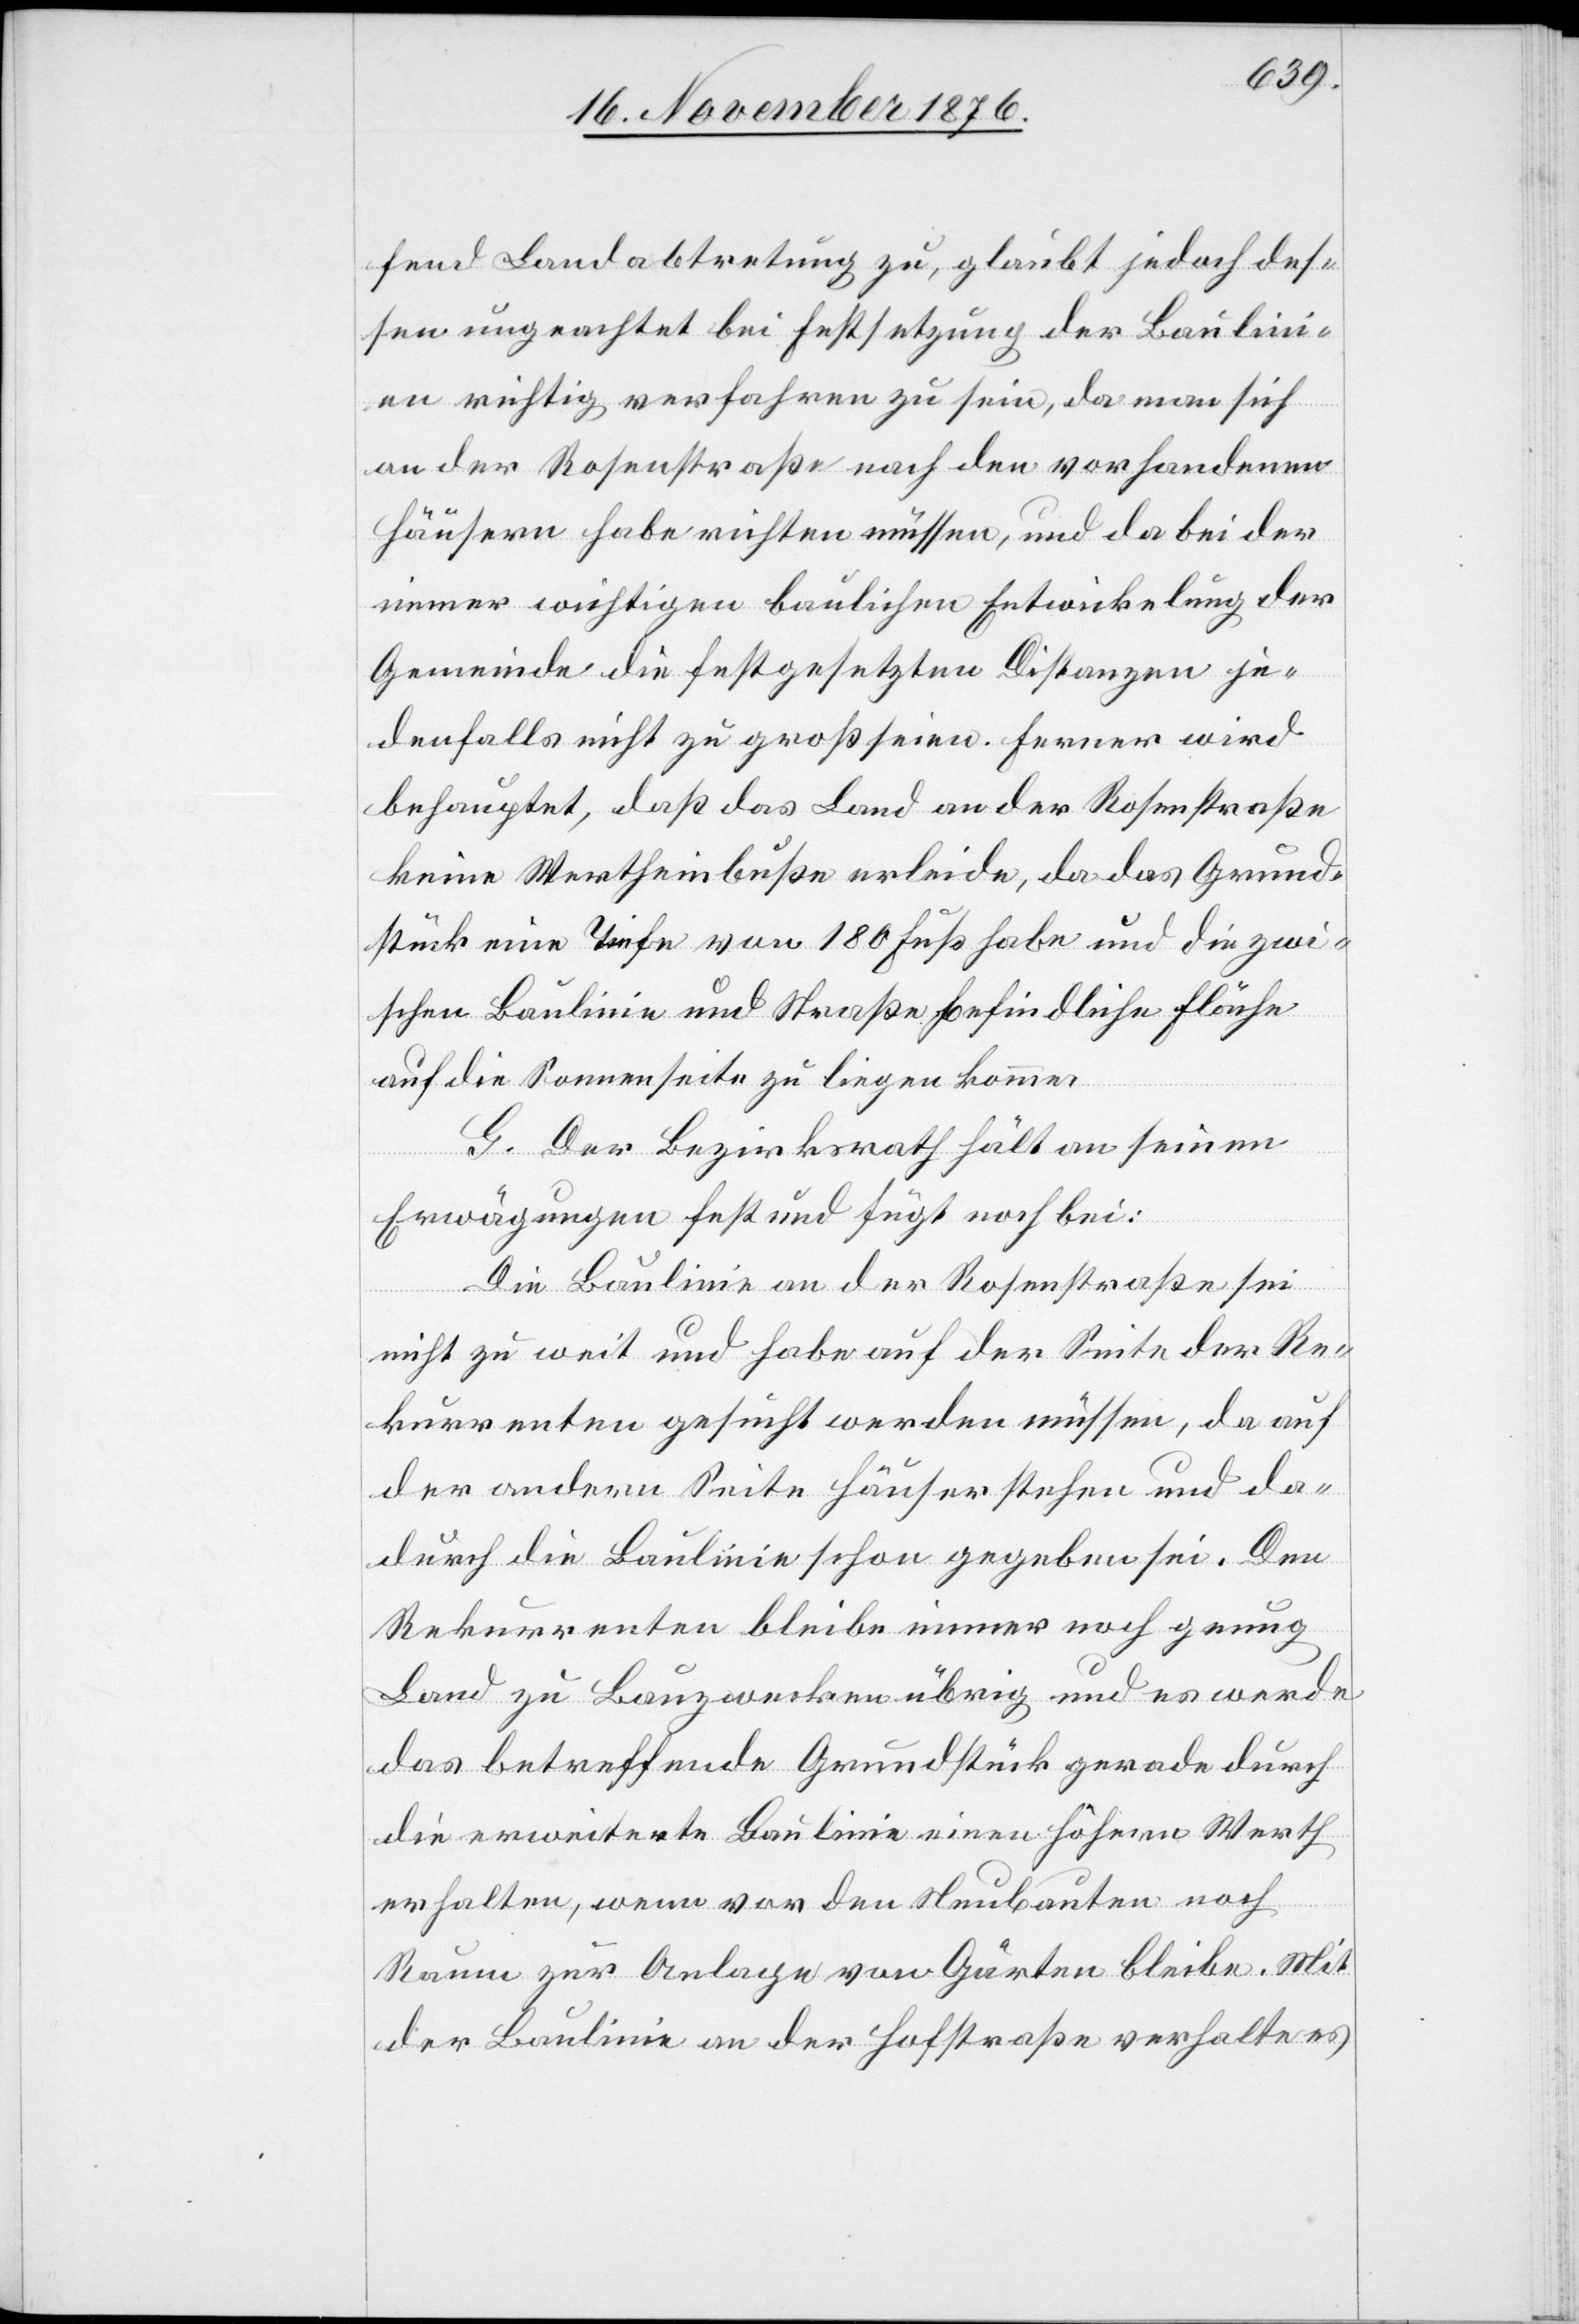
fend Landabtretung zu, glaubt jedoch des¬
sen ungeachtet bei Festsetzung der Baulini¬
en richtig verfahren zu sein, da man sich
an der Rosenstraße nach den vorhandenen
Häusern habe richten müssen, und da bei der
immer wichtigen baulichen Entwickelung der
Gemeinde die festgesetzten Distanzen je¬
denfalls nicht zu groß seien. Ferner wird
behauptet, daß das Land an der Rosenstraße
keine Wertheinbuße erleide, da das Grund¬
stück eine Tiefe von 180 Fuß habe und die zwi¬
schen Baulinie und Straße befindliche Fläche
auf die Sonnenseite zu liegen komme.
G. Der Bezirksrath hält an seinen
Erwägungen fest und fügt noch bei:
Die Baulinie an der Rosenstraße sei
nicht zu weit und habe auf der Seite der Re¬
kurrenten gesucht werden müssen, da auf
der andern Seite Häuser stehen und da¬
durch die Baulinie schon gegeben sei. Den
Rekurrenten bleibe immer noch genug
Land zu Bauzwecken übrig und es werde
das betreffende Grundstück gerade durch
die erweiterte Baulinie einen höhern Werth
erhalten, wenn vor den Neubauten noch
Raum zur Anlage von Gärten bleibe. Mit
der Baulinie an der Hofstraße verhalte es